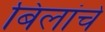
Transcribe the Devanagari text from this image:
बिलांचे